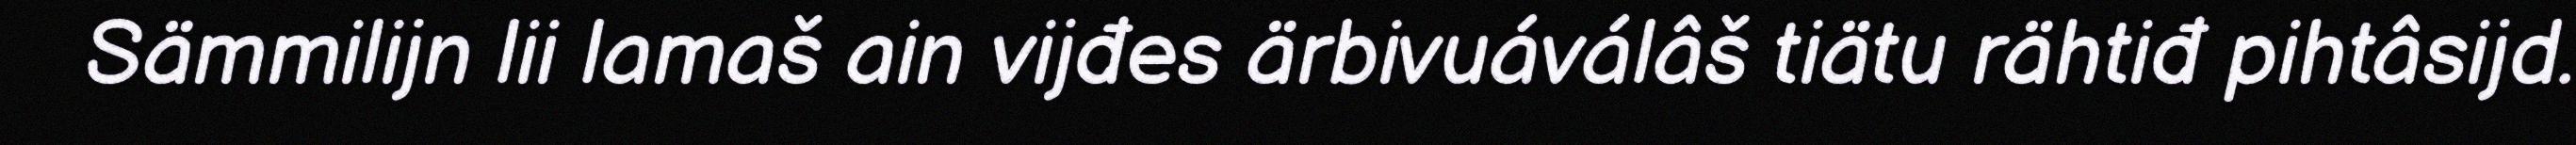
Sämmilijn lii lamaš ain vijđes ärbivuáválâš tiätu rähtiđ pihtâsijd.